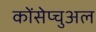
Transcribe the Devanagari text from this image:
कोंसेप्चुअल